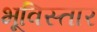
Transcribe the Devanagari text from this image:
भूविस्तार